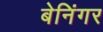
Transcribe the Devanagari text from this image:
बेनिंगर